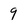
Character: 9